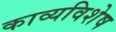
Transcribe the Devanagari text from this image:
काव्यविशेष